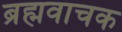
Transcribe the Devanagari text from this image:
ब्रह्मवाचक